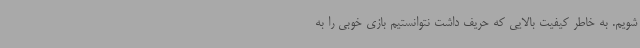
شویم. به خاطر کیفیت بالایی که حریف داشت نتوانستیم بازی خوبی را به